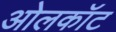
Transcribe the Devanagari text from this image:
ओलकॉट